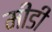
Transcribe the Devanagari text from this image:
मीडी